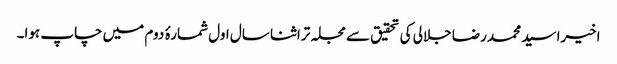
اخیرا سید محمد رضا جلالی کی تحقیق سے مجلہ تراثنا سال اول شمارۂ دوم میں چاپ ہوا۔